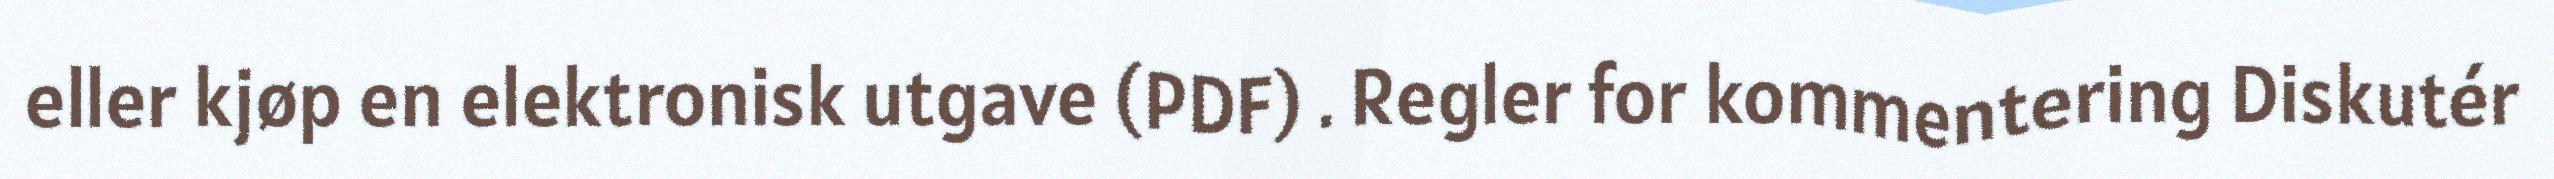
eller kjøp en elektronisk utgave (PDF) . Regler for kommentering Diskutér